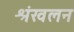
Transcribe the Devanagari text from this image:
श्रंखलन